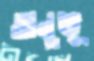
অনুভূ